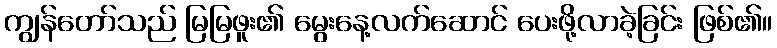
ကျွန်တော်သည် မြမြဖူး၏ မွေးနေ့လက်ဆောင် ပေးဖို့လာခဲ့ခြင်း ဖြစ်၏။